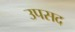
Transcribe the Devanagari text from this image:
उपसद